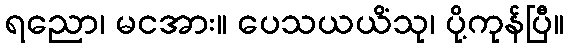
ရညော၊ မငအား။ ပေသယယိံသု၊ ပို့ကုန်ပြီ။